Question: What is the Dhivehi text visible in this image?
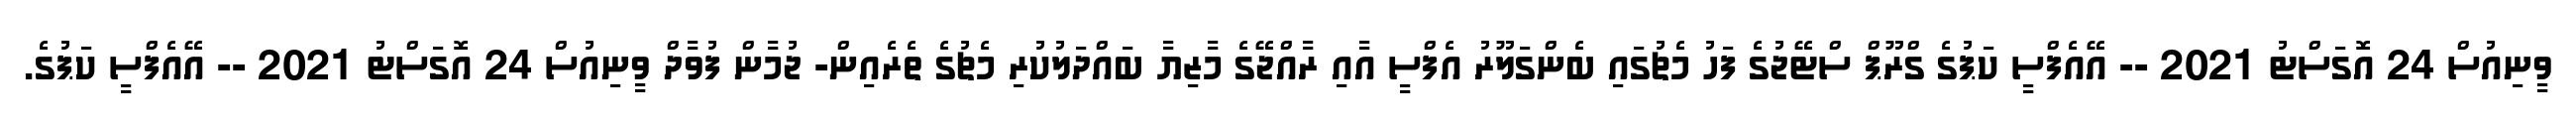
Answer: ވީނިއުސް 24 އޮގަސްޓު 2021 -- އޭއެފްސީ ކަޕުގެ ގްރޫޕް ސްޓޭޖުގެ ފަހު މެޗުގައި ބެންގަލޫރު އެފްސީ އާއި ރާއްޖޭގެ މާޒިޔާ ބައްދަލުކުރި މެޗުގެ ތެރެއިން- ޖުމާން ފުވާދް ވީނިއުސް 24 އޮގަސްޓު 2021 -- އޭއެފްސީ ކަޕުގެ.